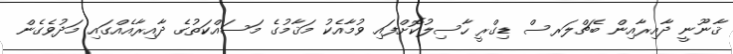
ޤާނޫނީ ދާއިރާއިން ބެޗްލަރސް ޑިގްރީ ހާސިލުކޮށްފައި ވުމާއެކު މަޤާމުގެ މަސައްކަތުގެ ދާއިރާއެއްގައި މަދުވެގެން